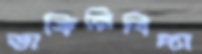
ডাকিনিবিদ্যা